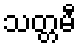
သတ္တမီ